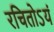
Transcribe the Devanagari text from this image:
रचितोऽयं